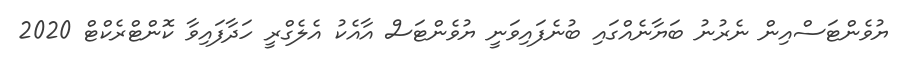
ޔުވެންޓަސްއިން ނެރުނު ބަޔާނެއްގައި ބުނެފައިވަނީ ޔުވެންޓަސް އާއެކު އެލެގްރީ ހަދާފައިވާ ކޮންޓްރެކްޓް 2020